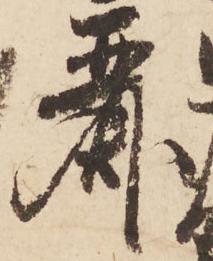
麗